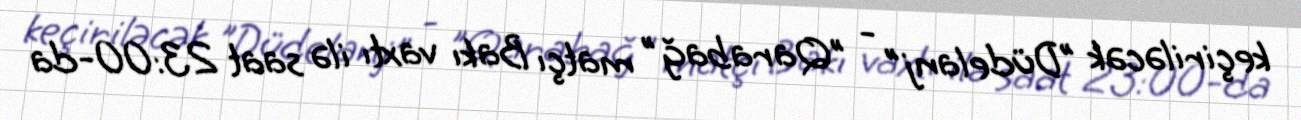
keçiriləcək "Düdelanj" - "Qarabağ" matçı Bakı vaxtı ilə saat 23:00-da